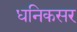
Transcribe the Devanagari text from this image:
धनिकसर